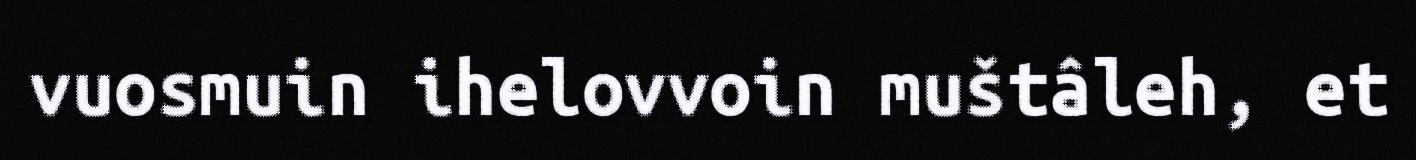
vuosmuin ihelovvoin muštâleh, et